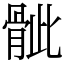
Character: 骴